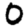
Digit: 0